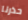
حذرنا